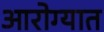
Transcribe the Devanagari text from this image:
आरोग्यात